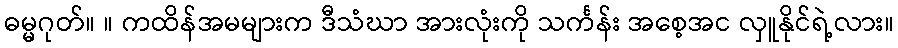
ဓမ္မဂုတ်။ ။ ကထိန်အမများက ဒီသံဃာ အားလုံးကို သင်္ကန်း အစေ့အင လှူနိုင်ရဲ့လား။